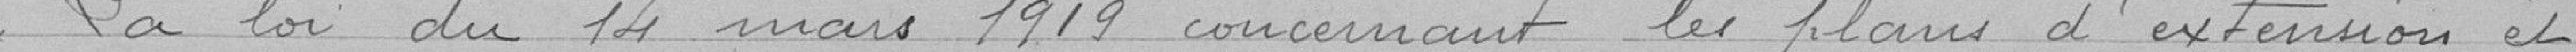
La loi du 14 Mars 1919 concernant les plans d'extension et